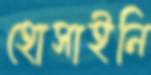
হোসাইনি